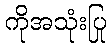
ကိုအသုံးပြု